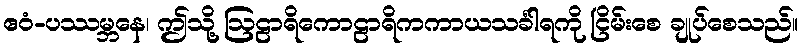
ဧဝံ-ပဿမ္ဘနေ၊ ဤသို့ ဩဠာရိကောဠာရိကကာယသင်္ခါရကို ငြိမ်းစေ ချုပ်စေသည်။